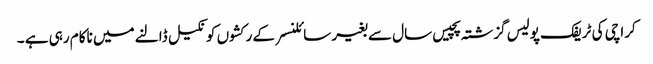
کراچی کی ٹریفک پولیس گزشتہ پچیس سال سے بغیر سائلنسر کے رکشوں کو نکیل ڈالنے میں ناکام رہی ہے ۔